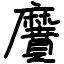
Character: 黂